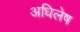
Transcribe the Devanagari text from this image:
अधिलेष